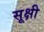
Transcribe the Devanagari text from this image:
सूक्षी